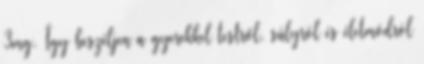
3mg. Így beszéljen a gyerekkel testről, súlyról és életmódról